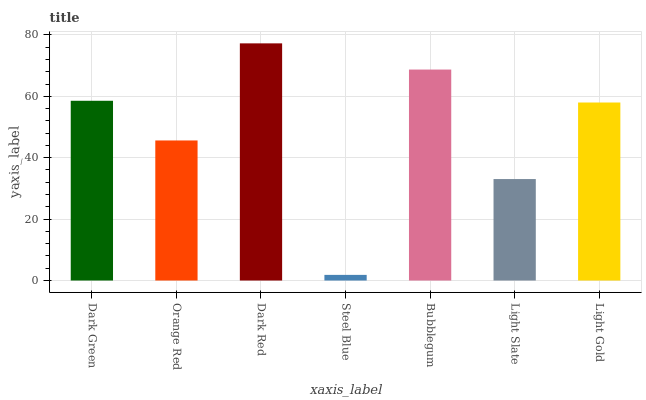
| xaxis_label | bars |
 | --- | --- |
 | Dark Green | 58.5 |
 | Orange Red | 45.6 |
 | Dark Red | 77.3 |
 | Steel Blue | 1.84 |
 | Bubblegum | 68.7 |
 | Light Slate | 33.1 |
 | Light Gold | 58 |